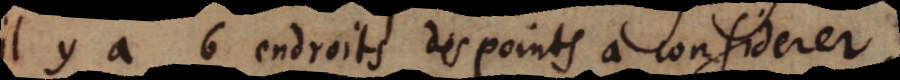
il y a 6 endroits des points à considerer